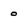
Character: o